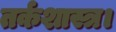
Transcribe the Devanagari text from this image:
तर्कशास्त्र।